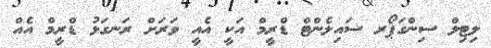
ލިޓިލް ސިންގަޕޯރ ސައިލެންޓް ޑްރީމް އަކީ އެއީ ވަރަށް ރަނގަޅު ޑްރީމް އެއް